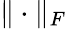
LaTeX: \| \cdot\| _{F}